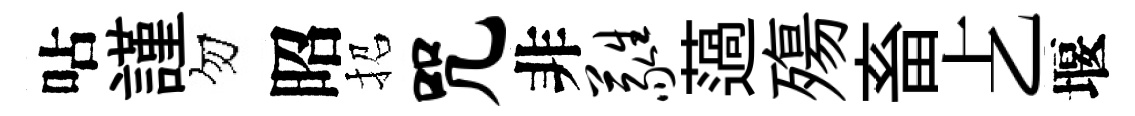
呫謹勿昭招咒非蕤薖殤畜𠧒堰